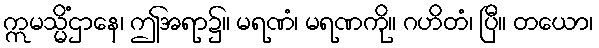
ဣမသ္မိံဌာနေ၊ ဤအရာ၌။ မရဏံ၊ မရဏကို။ ဂဟိတံ၊ ပြီ။ တယော၊